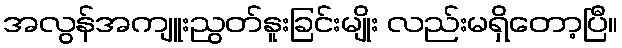
အလွန်အကျူးညွတ်နူးခြင်းမျိုး လည်းမရှိတော့ပြီ။